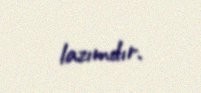
lazımdır.